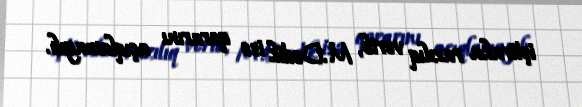
iştiraka razılıq verib, M.Dodik isə qərarını açıqlamayıb.